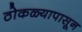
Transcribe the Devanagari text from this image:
ठोकळ्यापासून